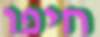
חיפו